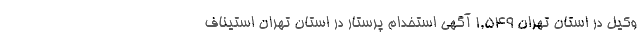
وکیل در استان تهران 1,549 آگهی استخدام پرستار در استان تهران استیناف